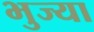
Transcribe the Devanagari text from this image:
भुज्या